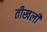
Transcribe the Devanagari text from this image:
तीखली